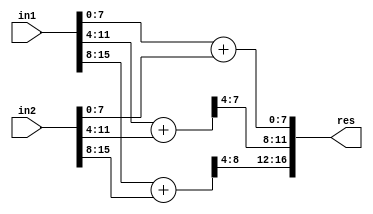
`timescale 1ns / 1ps
//////////////////////////////////////////////////////////////////////////////////
// Company: 
// Engineer: 
// 
// Create Date:    
// Design Name: 
// Module Name:    GeAr_N16_R4_P4 
// Project Name: 
// Target Devices: 
// Tool versions: 
// Description: 
//
// Dependencies: 
//
// Revision: 
// Revision 0.01 - File Created
// Additional Comments: 
//
//////////////////////////////////////////////////////////////////////////////////
module GeAr_N16_R4_P4(
    input [15:0] in1,
    input [15:0] in2,
    output [16:0] res
    );

wire [8:0] temp1,temp2,temp3;

assign temp1[8:0] = in1[7:0] + in2[7:0];
assign temp2[8:0] = in1[11:4] + in2[11:4];
assign temp3[8:0] = in1[15:8] + in2[15:8];

assign res[16:0] = {temp3[8:4],temp2[7:4],temp1[7:0]};

endmodule